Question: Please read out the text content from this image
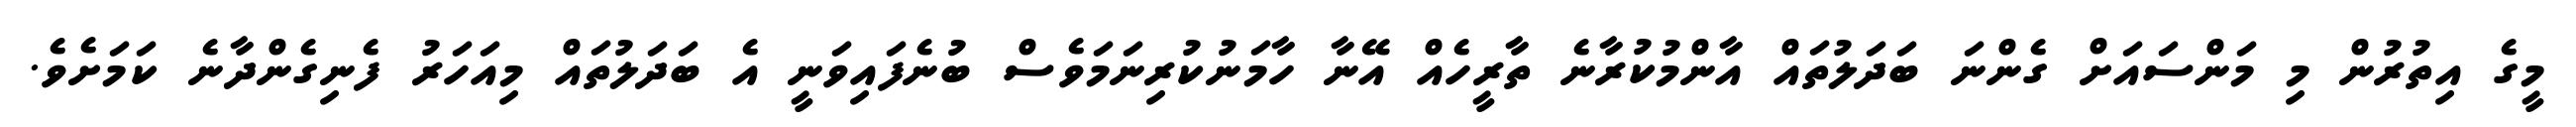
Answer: މީގެ އިތުރުން މި މަންސައަށް ގެންނަ ބަދަލުތައް އާންމުކުރާނެ ތާރީހެއް އޭނާ ހާމަނުކުރިނަމަވެސް ބުނެފައިވަނީ އެ ބަދަލުތައް މިއަހަރު ފެނިގެންދާނެ ކަމަށެވެ.